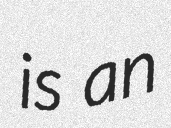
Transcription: is an